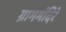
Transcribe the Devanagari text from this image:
ग्राममंदिरे